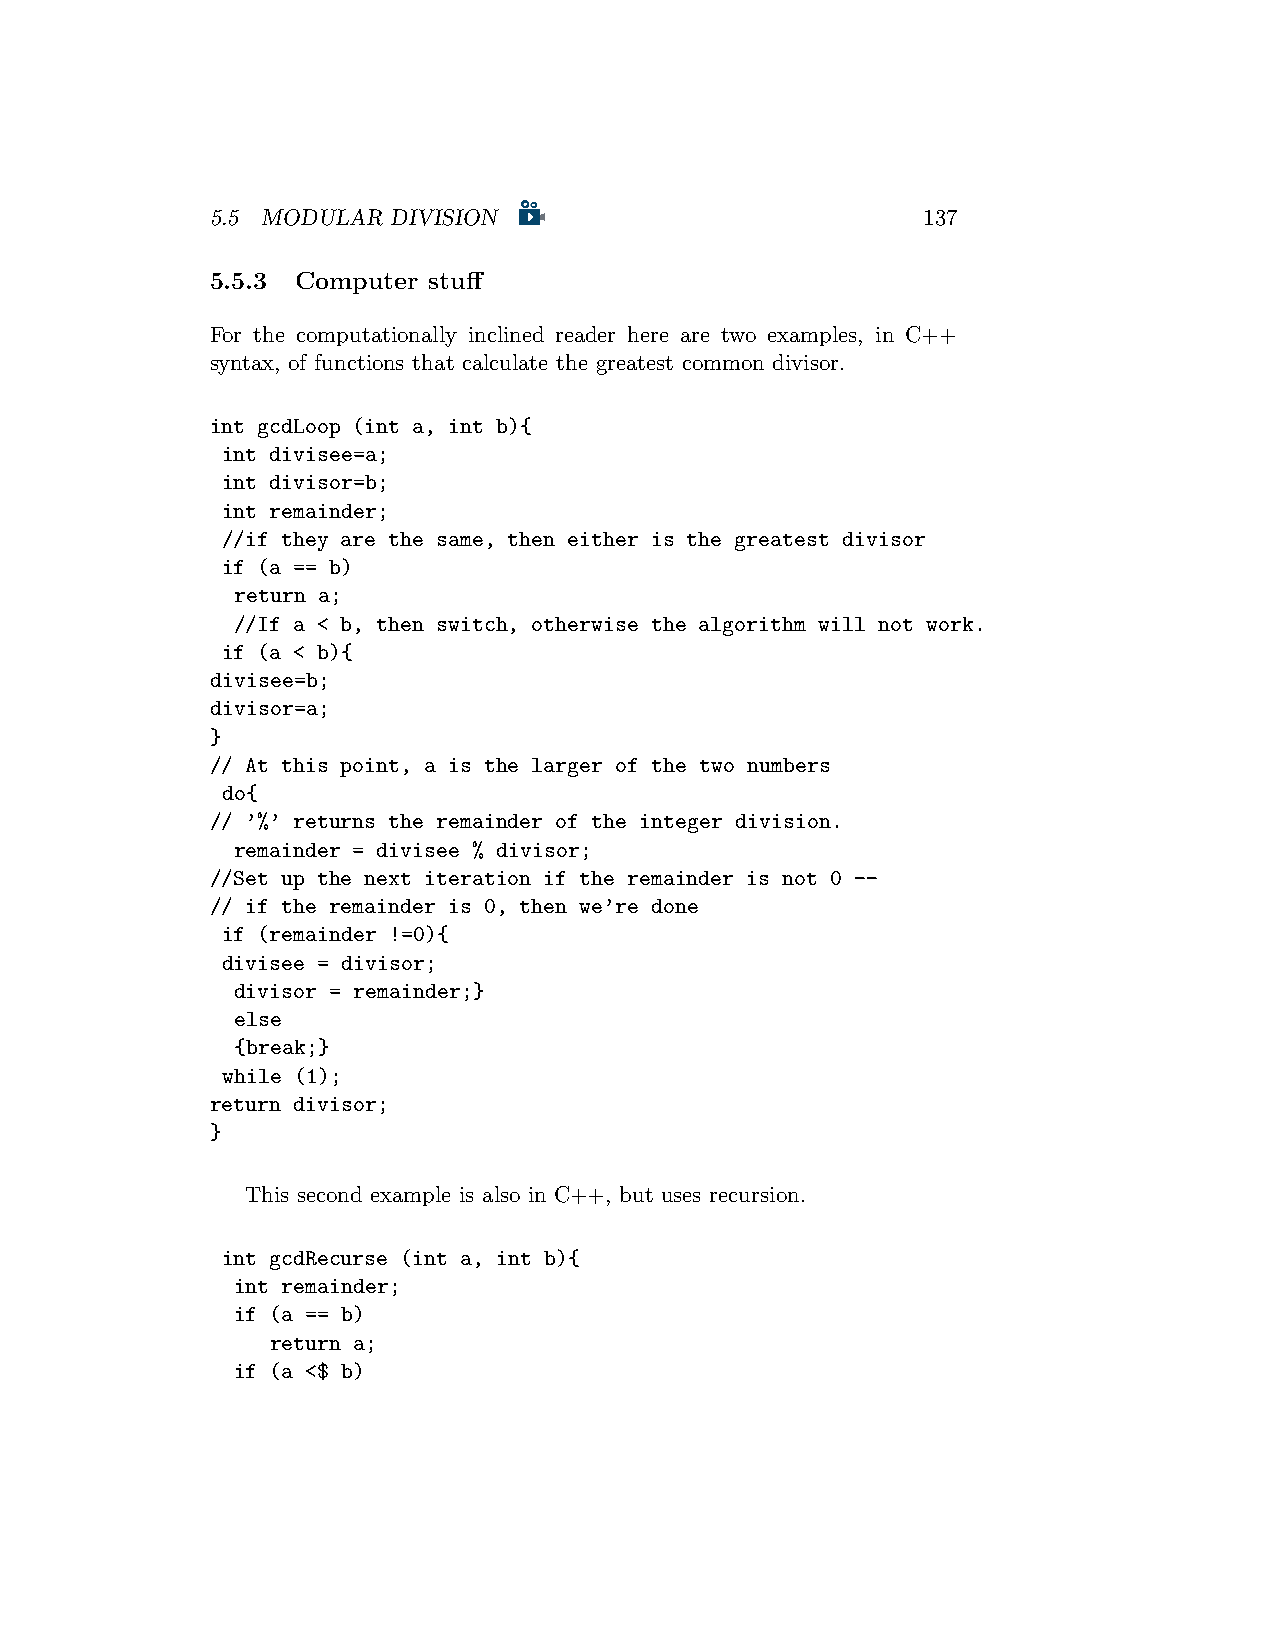
5.5 MODULAR DIVISION                           137
 5.5.3 Computer stuff
 For the computationally inclined reader here are two examples, in C++
 syntax, of functions that calculate the greatest common divisor.
 int gcdLoop (int a, int b){
 int divisee=a;
 int divisor=b;
 int remainder;
 //if they are the same, then either is the greatest divisor
 if (a == b)
 return a;
 //If a < b, then switch, otherwise the algorithm will not work.
 if (a < b){
 divisee=b;
 divisor=a;
 }
 // At this point, a is the larger of the two numbers
 do{
 // ’%’ returns the remainder of the integer division.
 remainder = divisee % divisor;
 //Set up the next iteration if the remainder is not 0 --
 // if the remainder is 0, then we’re done
 if (remainder !=0){
 divisee = divisor;
 divisor = remainder;}
 else
 {break;}
 while (1);
 return divisor;
 }
 This second example is also in C++, but uses recursion.
 int gcdRecurse (int a, int b){
 int remainder;
 if (a == b)
 return a;
 if (a <$ b)